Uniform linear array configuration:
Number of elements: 24
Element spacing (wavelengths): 0.75
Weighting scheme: cosine
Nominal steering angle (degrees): -45
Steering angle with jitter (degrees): -45.78
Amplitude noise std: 0.05
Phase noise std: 0.05

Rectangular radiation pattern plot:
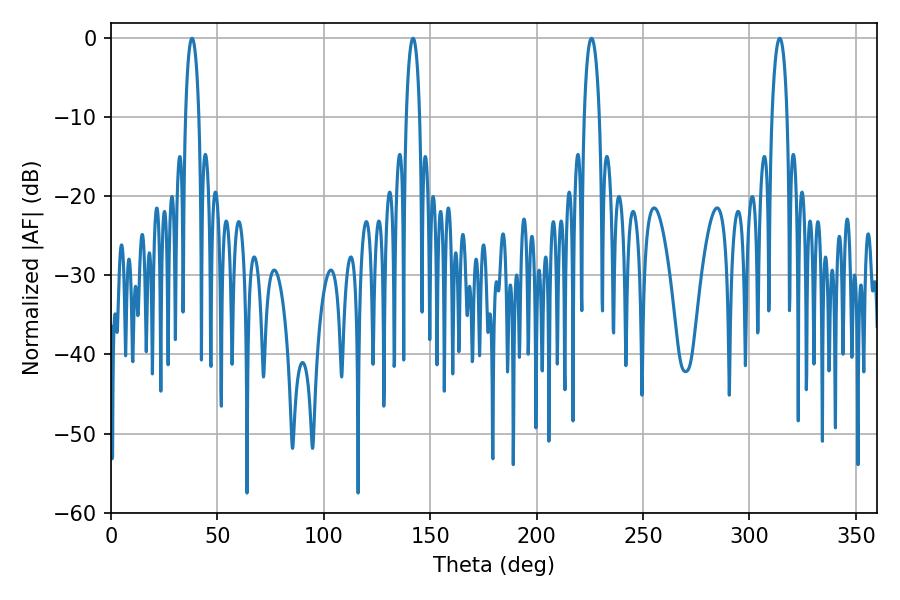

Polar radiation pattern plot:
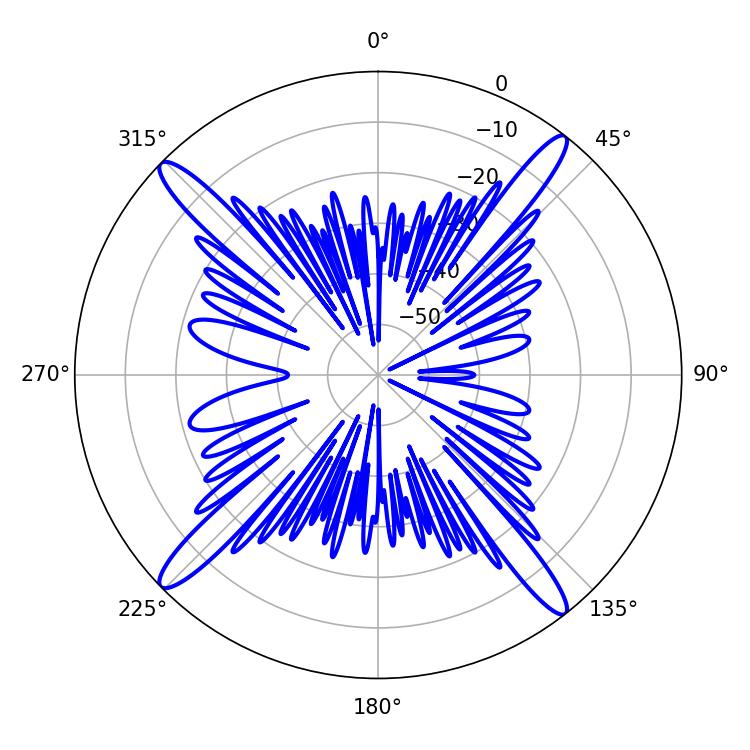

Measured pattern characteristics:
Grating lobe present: TRUE
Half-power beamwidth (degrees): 4.14
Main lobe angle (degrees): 314.28